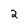
Character: 2